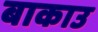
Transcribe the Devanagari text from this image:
बाकाउ